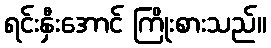
ရင်းနှီးအောင် ကြိုးစားသည်။